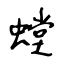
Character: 螳